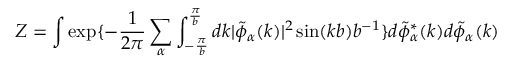
Z = \int \exp \{ - \frac { 1 } { 2 \pi } \sum _ { \alpha } \int _ { - \frac { \pi } { b } } ^ { \frac { \pi } { b } } d k | \tilde { \phi } _ { \alpha } ( k ) | ^ { 2 } \sin ( k b ) b ^ { - 1 } \} d \tilde { \phi } _ { \alpha } ^ { * } ( k ) d \tilde { \phi } _ { \alpha } ( k )